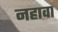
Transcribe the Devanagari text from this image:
नहावा